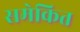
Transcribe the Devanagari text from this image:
समेकित